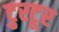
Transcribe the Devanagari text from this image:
टुरटूर